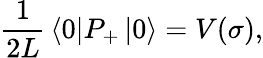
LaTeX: {\frac{1}{2L}}\left\langle 0\right\vert P_{+}\left\vert 0\right\rangle=V(\sigma),